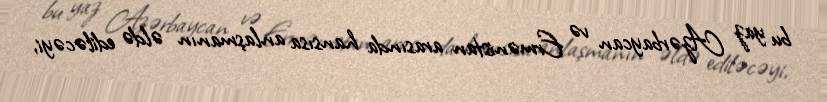
bu yaz Azərbaycan və Ermənistan arasında hansısa anlaşmanın əldə ediləcəyi,